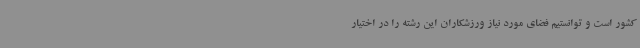
کشور است و توانستیم فضای مورد نیاز ورزشکاران این رشته را در اختیار